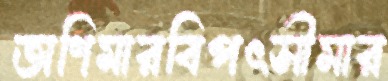
অণিমারবিপৎসীমার